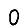
Digit: 0